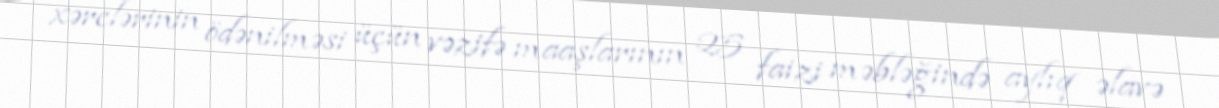
xərclərinin ödənilməsi üçün vəzifə maaşlarının 25 faizi məbləğində aylıq əlavə